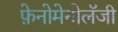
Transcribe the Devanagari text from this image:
फ़ेनोमेनोलॅजी